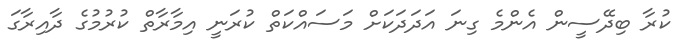
ކުރާ ބިދޭސީން އެންމެ ގިނަ އަދަދަކަށް މަސައްކަތް ކުރަނީ އިމާރާތް ކުރުމުގެ ދާއިރާގަ